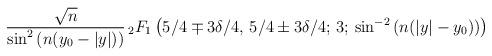
LaTeX: \begin{align*}\frac{\sqrt{n}}{\sin^2\left(n(y_0-|y|)\right)}{\,}_2F_1\left(5/4\mp 3\delta/4,\,5/4\pm 3\delta/4;\,3;\,\sin^{-2}\left(n(|y|-y_0)\right)\right)\end{align*}